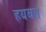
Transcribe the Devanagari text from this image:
हयबत